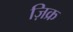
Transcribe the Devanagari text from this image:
ज़िक्र